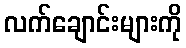
လက်ချောင်းများကို